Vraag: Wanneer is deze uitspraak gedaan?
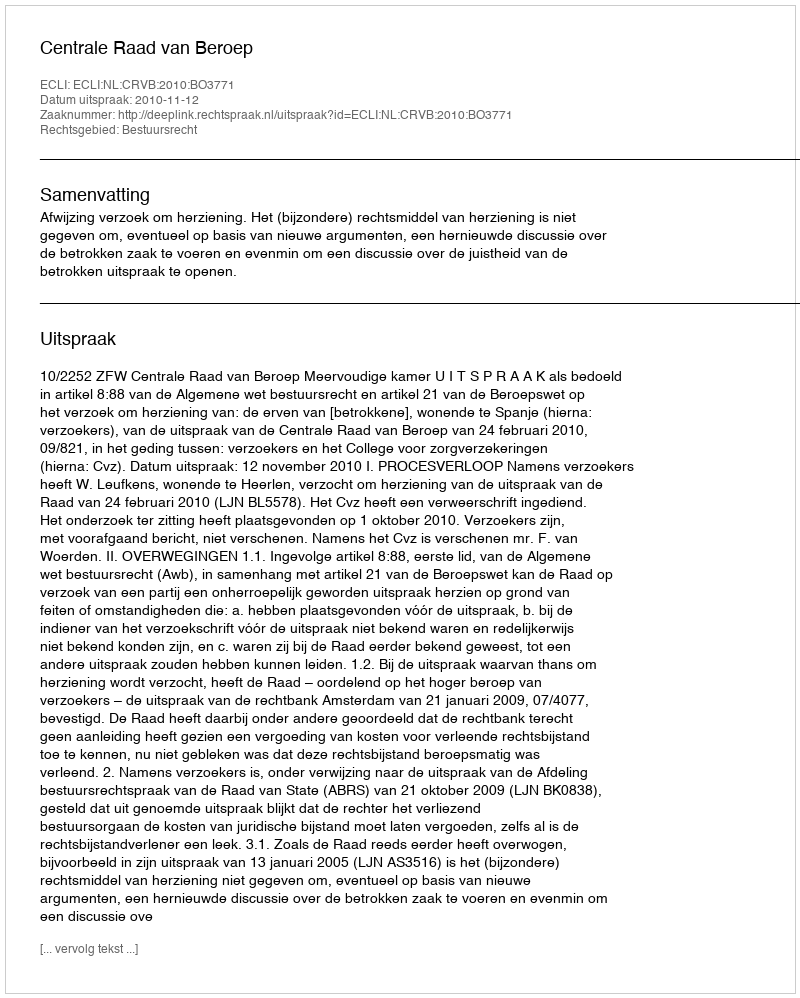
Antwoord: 2010-11-12